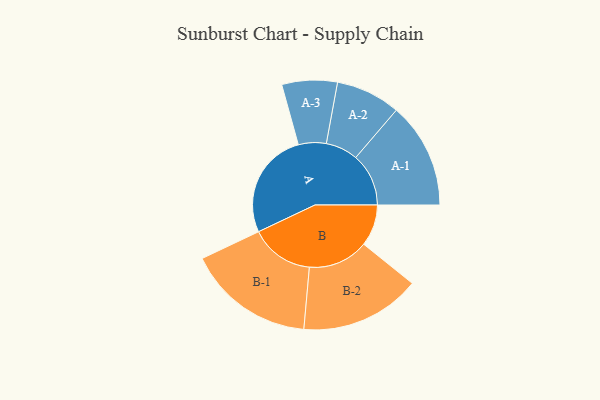
{"axis": {"x": "Segment", "y": "Value"}, "legend": ["", "A", "B"], "data": [{"x": "A", "y": 463, "type": ""}, {"x": "B", "y": 180, "type": ""}, {"x": "A-1", "y": 229, "type": "A"}, {"x": "A-2", "y": 140, "type": "A"}, {"x": "A-3", "y": 120, "type": "A"}, {"x": "B-1", "y": 276, "type": "B"}, {"x": "B-2", "y": 261, "type": "B"}]}